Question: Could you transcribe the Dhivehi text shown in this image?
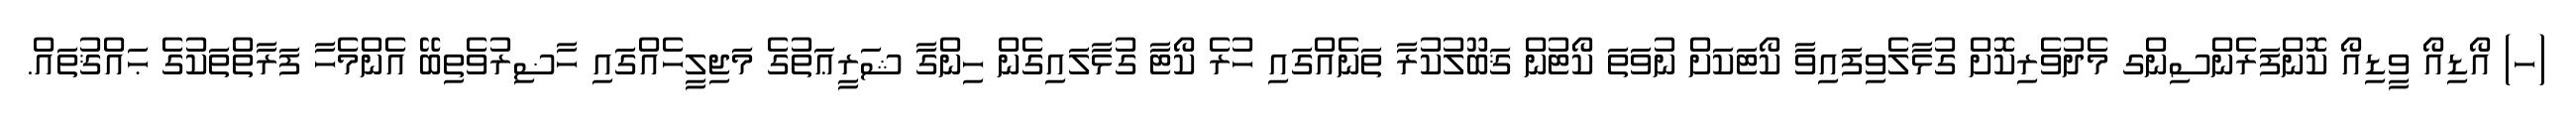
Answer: (ހ) އޯޑިއޯ ވީޑިއޯ ކޮންފަރެންސިންގ މެދުވެރިކޮށް ގުޅާލެވިފައިވާ ކޯޓަކަށް ނުވަތަ ކޯޓުން ޤަބޫލުކުރާ ތަނެއްގައި ހުރެ ކޯޓާ ގުޅާލައިގެން ހިންގާ ޝަރީޢަތުގެ މަޖިލީހެއްގައި ހާޟިރުވެތިބޭ އެންމެހާ ފަރާތްތަކުގެ ޙައްޤުތައް.